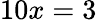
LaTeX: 10x=3